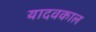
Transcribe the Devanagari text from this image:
यादवकाल